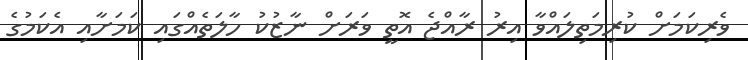
ވެރިކަމަށް ކުރިމަތިލައްވާ އިރު ރާއްޖެ އޮތީ ވަރަށް ނާޒުކު ހާލަތެއްގައި ކަމަށާއި އެކަމުގެ